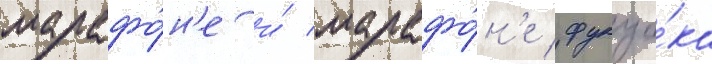
марафо́н'е и́ марафо́н'е фукуо́ка